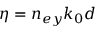
\eta = n _ { e y } k _ { 0 } d